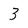
Character: 3